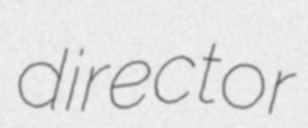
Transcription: director